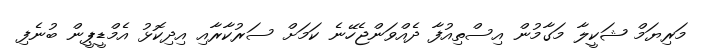
މަރިޔަމް ޝަކީލާ މަގާމުން އިސްތިއުފާ ދެއްވަންޖެހޭނެ ކަމަށް ސަރުކާރާއި އިދިކޮޅު އެމްޑީޕީން ބުނެފި